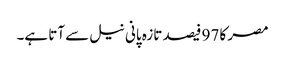
مصر کا 97 فیصد تازہ پانی نیل سے آتا ہے۔